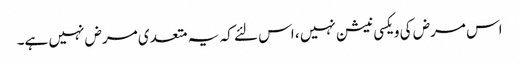
اس مرض کی ویکسی نیشن نہیں ، اس لئے کہ یہ متعد ی مرض نہیں ہے۔